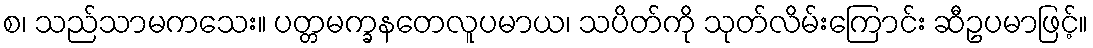
စ၊ သည်သာမကသေး။ ပတ္တမက္ခနတေလူပမာယ၊ သပိတ်ကို သုတ်လိမ်းကြောင်း ဆီဥပမာဖြင့်။